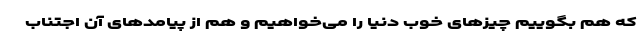
که هم بگوییم چیزهای خوب دنیا را می‌خواهیم و هم از پیامدهای آن اجتناب